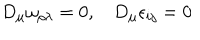
LaTeX: D _ { \mu } \omega _ { \rho \lambda } = 0 , D _ { \mu } \epsilon _ { i j } = 0